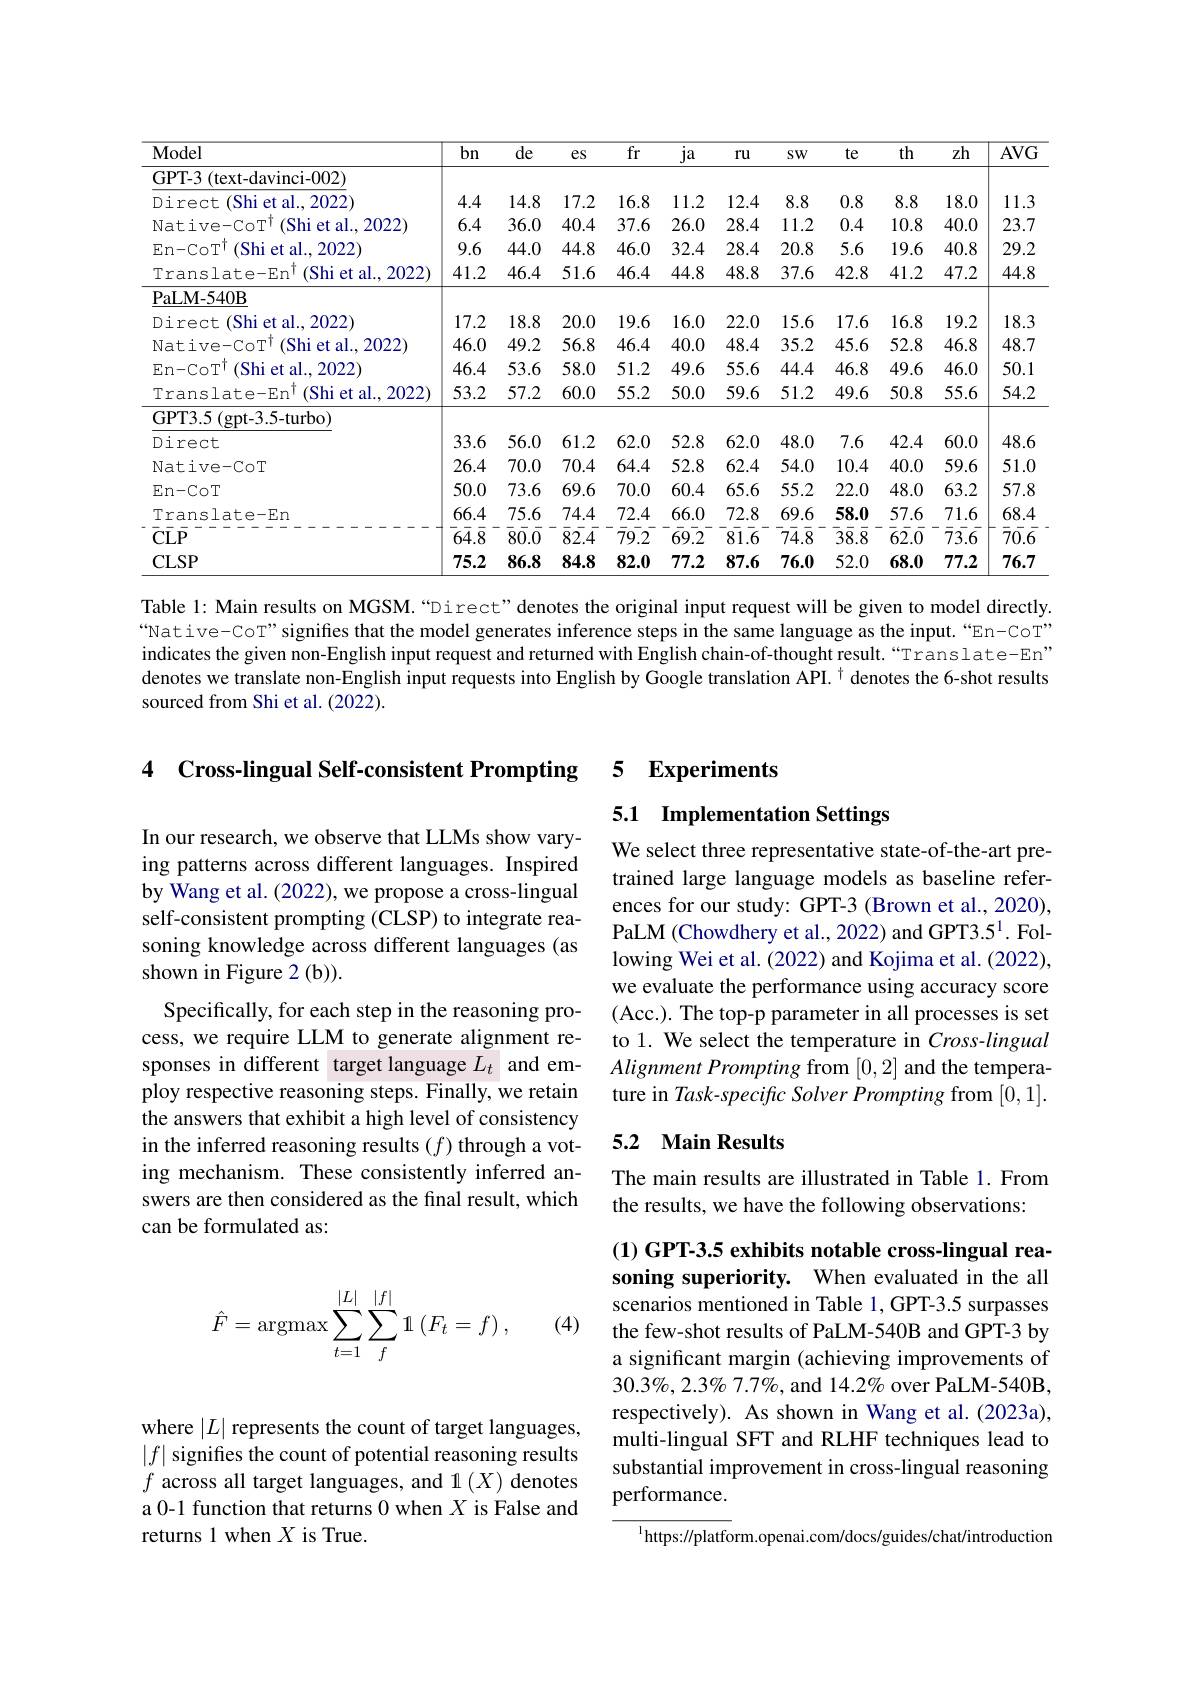
<table>
	<tbody>
		<tr>
			<th>Model</th>
			<th>bn</th>
			<th>de</th>
			<th>$es$</th>
			<th>fr</th>
			<th>ja</th>
			<th>$ru$</th>
			<th>$SW$</th>
			<th>te</th>
			<th>th</th>
			<th>zh</th>
			<th>$AVG$</th>
		</tr>
		<tr>
			<td>GPT-3 (text-davinci-002)</td>
			<td> </td>
			<td> </td>
			<td> </td>
			<td> </td>
			<td> </td>
			<td> </td>
			<td> </td>
			<td> </td>
			<td> </td>
			<td> </td>
			<td> </td>
		</tr>
		<tr>
			<td>Direct (Shi et al., 2022)</td>
			<td>4.4</td>
			<td>14.8</td>
			<td>17.2</td>
			<td>16.8</td>
			<td>11.2</td>
			<td>12.4</td>
			<td>8.8</td>
			<td>0.8</td>
			<td>8.8</td>
			<td>18.0</td>
			<td>11.3</td>
		</tr>
		<tr>
			<td>Native- CoT (Shi et al., 2022)</td>
			<td>6.4</td>
			<td>36.0</td>
			<td>40.4</td>
			<td>37.6</td>
			<td>26.0</td>
			<td>28.4</td>
			<td>11.2</td>
			<td>0.4</td>
			<td>10.8</td>
			<td>40.0</td>
			<td>23.7</td>
		</tr>
		<tr>
			<td>(Shi et al.,2022) En- CoT</td>
			<td>9.6</td>
			<td>44.0</td>
			<td>44.8</td>
			<td>46.0</td>
			<td>32.4</td>
			<td>28.4</td>
			<td>20.8</td>
			<td>5.6</td>
			<td>19.6</td>
			<td>40.8</td>
			<td>29.2</td>
		</tr>
		<tr>
			<td>Translate-En$^{\mathrm{T}}$ (Shi et al., 2022]</td>
			<td>41.2</td>
			<td>46.4</td>
			<td>51.6</td>
			<td>46.4</td>
			<td>44.8</td>
			<td>48.8</td>
			<td>37.6</td>
			<td>42.8</td>
			<td>41.2</td>
			<td>47.2</td>
			<td>44.8</td>
		</tr>
		<tr>
			<td>PaLM- 540B</td>
			<td> </td>
			<td> </td>
			<td> </td>
			<td> </td>
			<td> </td>
			<td> </td>
			<td> </td>
			<td> </td>
			<td> </td>
			<td> </td>
			<td> </td>
		</tr>
		<tr>
			<td>(Shi et al., 2022) Direct $f$</td>
			<td>17.2</td>
			<td>18.8</td>
			<td>20.0</td>
			<td>19.6</td>
			<td>16.0</td>
			<td>22.0</td>
			<td>15.6</td>
			<td>17.6</td>
			<td>16.8</td>
			<td>19.2</td>
			<td>18.3</td>
		</tr>
		<tr>
			<td>(Shi et al., 2022) $\mathrm{Native-CoT}^{1}$</td>
			<td>46.0</td>
			<td>49.2</td>
			<td>56.8</td>
			<td>46.4</td>
			<td>40.0</td>
			<td>48.4</td>
			<td>35.2</td>
			<td>45.6</td>
			<td>52.8</td>
			<td>46.8</td>
			<td>48.7</td>
		</tr>
		<tr>
			<td>(Shi et al.,2022) $\mathrm{En-CoT}^{\mathrm{T}}$</td>
			<td>46.4</td>
			<td>53.6</td>
			<td>58.0</td>
			<td>51.2</td>
			<td>49.6</td>
			<td>55.6</td>
			<td>44.4</td>
			<td>46.8</td>
			<td>49.6</td>
			<td>46.0</td>
			<td>50.1</td>
		</tr>
		<tr>
			<td>Translate-En$^{\mathrm{T}}$ (Shi et al., 2022</td>
			<td>53.2</td>
			<td>57.2</td>
			<td>60.0</td>
			<td>55.2</td>
			<td>50.0</td>
			<td>59.6</td>
			<td>51.2</td>
			<td>49.6</td>
			<td>50.8</td>
			<td>55.6</td>
			<td>54.2</td>
		</tr>
		<tr>
			<td>GPT3.5(gpt-3.5-turbo)</td>
			<td> </td>
			<td> </td>
			<td> </td>
			<td> </td>
			<td> </td>
			<td> </td>
			<td> </td>
			<td> </td>
			<td> </td>
			<td> </td>
			<td> </td>
		</tr>
		<tr>
			<td>Direct</td>
			<td>33.6</td>
			<td>56.0</td>
			<td>61.2</td>
			<td>62.0</td>
			<td>52.8</td>
			<td>62.0</td>
			<td>48.0</td>
			<td>7.6</td>
			<td>42.4</td>
			<td>60.0</td>
			<td>48.6</td>
		</tr>
		<tr>
			<td>Native- CoT</td>
			<td>26.4</td>
			<td>70.0</td>
			<td>70.4</td>
			<td>64.4</td>
			<td>52.8</td>
			<td>62.4</td>
			<td>54.0</td>
			<td>10.4</td>
			<td>40.0</td>
			<td>59.6</td>
			<td>51.0</td>
		</tr>
		<tr>
			<td>En- CoT</td>
			<td>50.0</td>
			<td>73.6</td>
			<td>69.6</td>
			<td>70.0</td>
			<td>60.4</td>
			<td>65.6</td>
			<td>55.2</td>
			<td>22.0</td>
			<td>48.0</td>
			<td>63.2</td>
			<td>57.8</td>
		</tr>
		<tr>
			<td>Translate-En</td>
			<td>66.4</td>
			<td>75.6</td>
			<td>74.4</td>
			<td>72.4</td>
			<td>66.0</td>
			<td>72.8</td>
			<td>69.6</td>
			<td>58.0</td>
			<td>57.6</td>
			<td>71.6</td>
			<td>68.4</td>
		</tr>
		<tr>
			<td>CLP</td>
			<td>$\bar{6}\bar{4}.\bar{8}$</td>
			<td>$\bar{8}\bar{0}.\bar{0}$ 1</td>
			<td>$\bar{8}\bar{2}.\bar{4}$ 1</td>
			<td>$\bar{7}\bar{9}\bar{.2}$</td>
			<td>$\bar{69}\bar{2}$</td>
			<td>81.6</td>
			<td>$\bar{7}\bar{4}.\bar{8}$</td>
			<td>$\overline{3}\bar{8}.\overline{8}$</td>
			<td>$\bar{6}\bar{2}.\bar{0}$</td>
			<td>$\bar{7}\bar{3}.\bar{6}$</td>
			<td>$\bar{7}\bar{0}.\bar{6}$</td>
		</tr>
		<tr>
			<td>CLSP</td>
			<td>75.2</td>
			<td>86.8</td>
			<td>84.8</td>
			<td>82.0</td>
			<td>77.2</td>
			<td>87.6</td>
			<td>76.0</td>
			<td>52.0</td>
			<td>68.0</td>
			<td>77.2</td>
			<td>76.7</td>
		</tr>
	</tbody>
</table>

Table 1: Main results on MGSM.“Direct" denotes the original input request will be given to model directly. “Native-CoT”signifies that the model generates inference steps in the same language as the input.“En-CoT” indicates the given non-English input request and returned with English chain-of-thought result.“Translate-En” denotes we translate non-English input requests into English by Google translation API. $^{\dagger}$ denotes the 6-shot results sourced from Shi et al. (2022).

4 Cross-lingual Self-consistent Prompting

5 Experiments

## 5.1 Implementation Settings

We select three representative state-of-the-art pretrained large language models as baseline references for our study: GPT-3 (Brown et al., 2020), PaLM (Chowdhery et al., 2022) and GPT3.5$^{1}$.Following Wei et al. (2022) and Kojima et al. (2022), we evaluate the performance using accuracy score (Acc.). The top-p parameter in all processes is set to 1. We select the temperature in Cross-lingual Alignment Prompting from [0,2] and the temperature in Task-specific Solver Prompting from [0,1].

In our research, we observe that LLMs show varying patterns across different languages. Inspired by Wang et al. (2022), we propose a cross-lingual self-consistent prompting (CLSP) to integrate reasoning knowledge across different languages (as shown in Figure 2 (b)).
Specifically, for each step in the reasoning process, we require LLM to generate alignment responses in different target language $L_t$ and employ respective reasoning steps. Finally, we retain the answers that exhibit a high level of consistency in the inferred reasoning results $(f)$ through a voting mechanism. These consistently inferred answers are then considered as the final result, which can be formulated as:

## 5.2 Main Results

The main results are illustrated in Table 1. From
the results, we have the following observations:

(4)
$$\hat{F}=\operatorname{argmax}\sum_{t=1}^{|L|}\sum_{f}^{|f|}\mathbb{1}\left(F_t=f\right),$$
(1) GPT-3.5 exhibits notable cross-lingual reasoning superiority. When evaluated in the all scenarios mentioned in Table 1, GPT-3.5 surpasses the few-shot results of PaLM-540B and GPT-3 by a significant margin (achieving improvements of $30.3\%,2.3\%7.7\%$, and 14.2% over PaLM-540B, respectively). As shown in Wang et al. (2023a), multi-lingual SFT and RLHF techniques lead to substantial improvement in cross-lingual reasoning performance.

where $|L|$ represents the count of target languages, $|f|$ signifes the count of potential reasoning results $f$ across all target languages, and 1(X) denotes a 0-1 function that returns 0 when $X$ is False and returns 1 when $X$ is True.

$^{\mathrm{l}}$https://platform.openai.com/docs/guides/chat/introduction